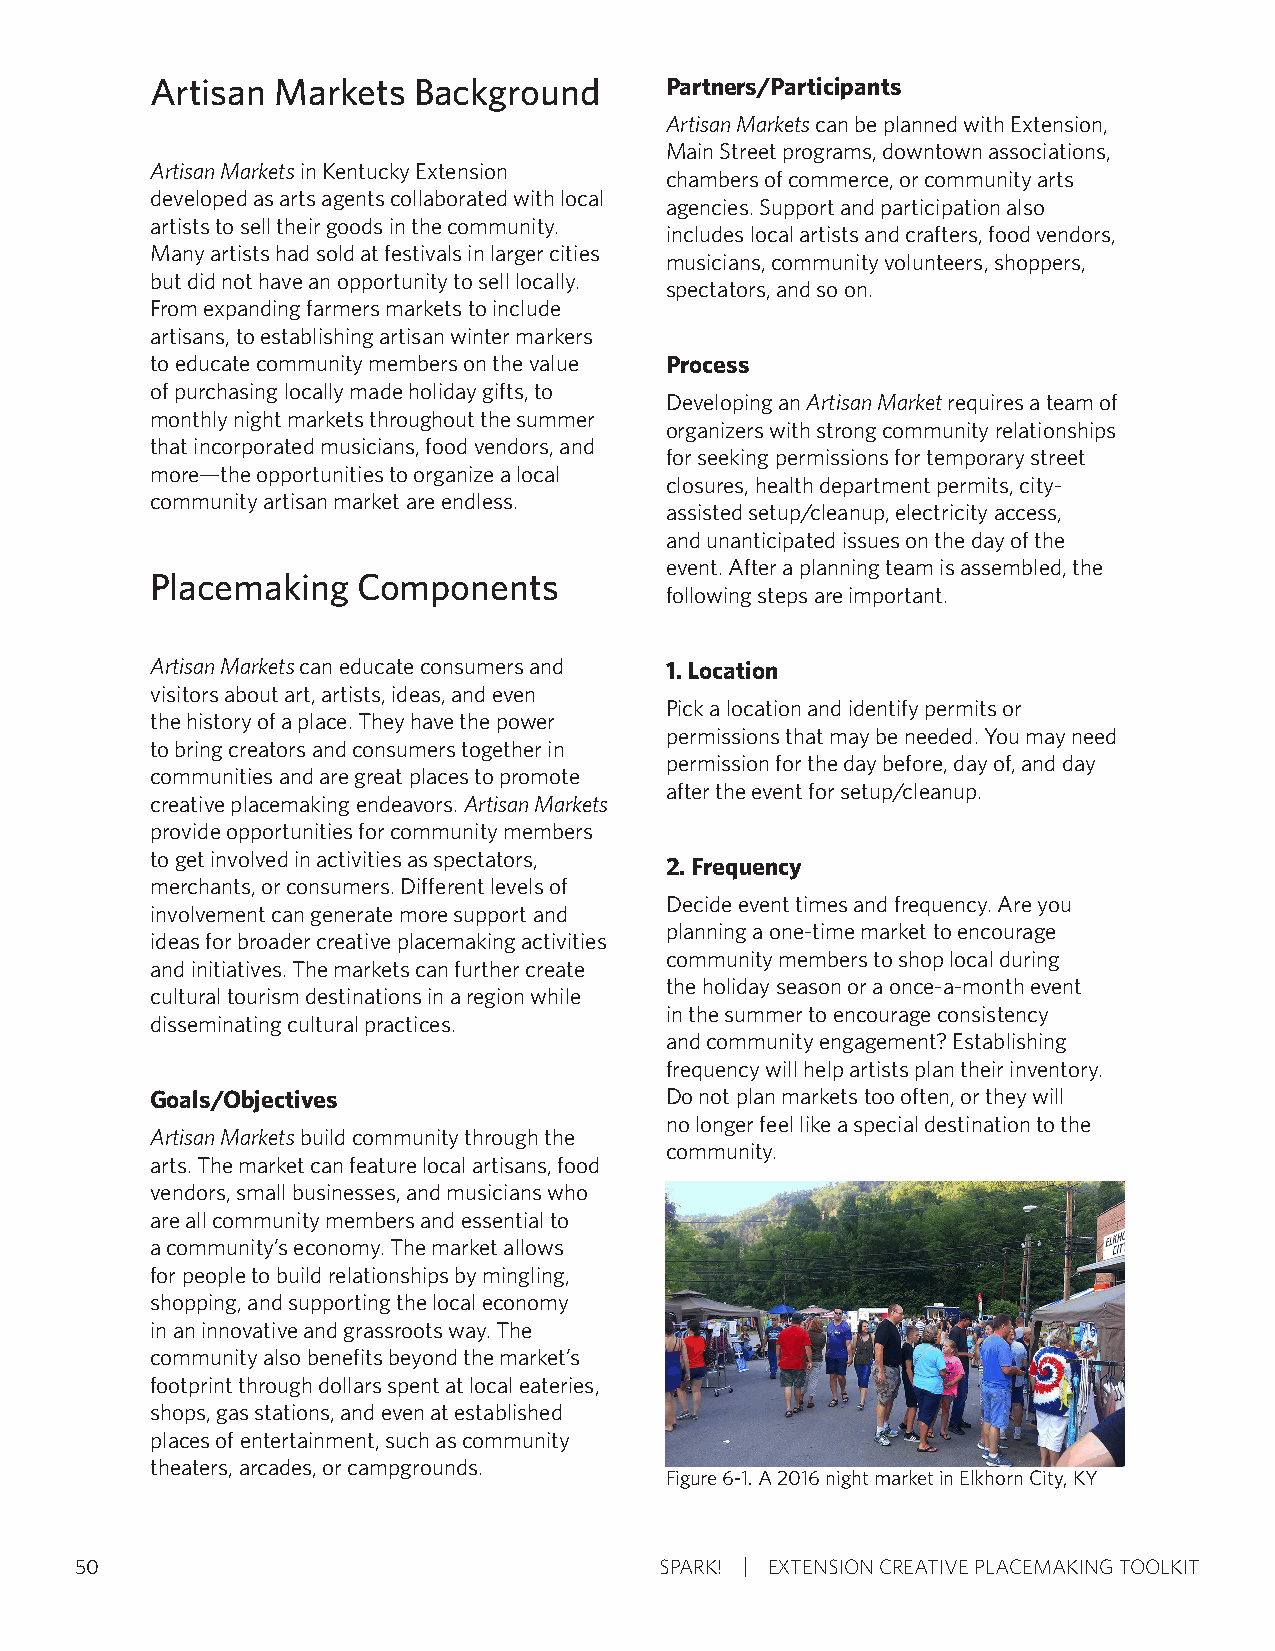
Artisan Markets  Background       Partners/Participants
 Artisan Markets can be planned with Extension,
 Main Street programs, downtown associations,
 Artisan Markets in Kentucky Extension
 chambers of commerce, or community arts
 developed as arts agents collaborated with local
 agencies. Support and participation also
 artists to sell their goods in the community.
 includes local artists and crafters, food vendors,
 Many artists had sold at festivals in larger cities
 musicians, community volunteers, shoppers,
 but did not have an opportunity to sell locally.
 spectators, and so on.
 From expanding farmers markets to include
 artisans, to establishing artisan winter markers
 to educate community members on the value Process
 of purchasing locally made holiday gifts, to
 Developing an Artisan Market requires a team of
 monthly night markets throughout the summer
 organizers with strong community relationships
 that incorporated musicians, food vendors, and
 for seeking permissions for temporary street
 more—the opportunities to organize a local
 closures, health department permits, city-
 community artisan market are endless.
 assisted setup/cleanup, electricity access,
 and unanticipated issues on the day of the
 event. After a planning team is assembled, the
 Placemaking   Components
 following steps are important.
 Artisan Markets can educate consumers and 1. Location
 visitors about art, artists, ideas, and even
 Pick a location and identify permits or
 the history of a place. They have the power
 permissions that may be needed. You may need
 to bring creators and consumers together in
 permission for the day before, day of, and day
 communities and are great places to promote
 after the event for setup/cleanup.
 creative placemaking endeavors. Artisan Markets
 provide opportunities for community members
 to get involved in activities as spectators,
 2. Frequency
 merchants, or consumers. Different levels of
 Decide event times and frequency. Are you
 involvement can generate more support and
 planning a one-time market to encourage
 ideas for broader creative placemaking activities
 community members to shop local during
 and initiatives. The markets can further create
 the holiday season or a once-a-month event
 cultural tourism destinations in a region while
 in the summer to encourage consistency
 disseminating cultural practices.
 and community engagement? Establishing
 frequency will help artists plan their inventory.
 Goals/Objectives                  Do not plan markets too often, or they will
 no longer feel like a special destination to the
 Artisan Markets build community through the
 community.
 arts. The market can feature local artisans, food
 vendors, small businesses, and musicians who
 are all community members and essential to
 a community’s economy. The market allows
 for people to build relationships by mingling,
 shopping, and supporting the local economy
 in an innovative and grassroots way. The
 community also benefits beyond the market’s
 footprint through dollars spent at local eateries,
 shops, gas stations, and even at established
 places of entertainment, such as community
 theaters, arcades, or campgrounds.
 Figure 6-1. A 2016 night market in Elkhorn City, KY
 50                                     SPARK! EXTENSION CREATIVE PLACEMAKING TOOLKIT